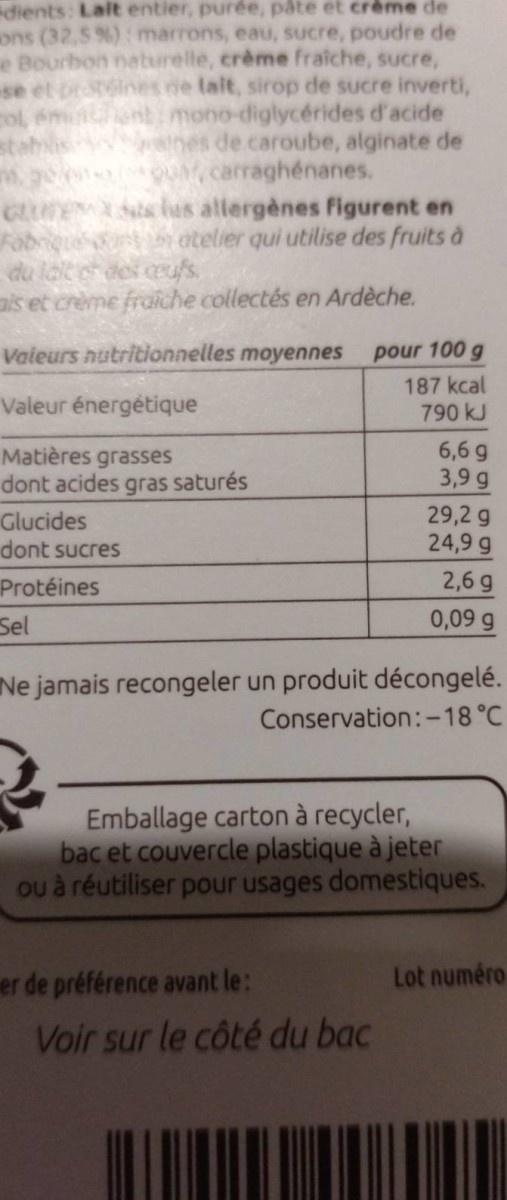
dients: Lait entier, purée, pâte et crème de ons (32,5 %): marrons, eau, sucre, poudre de e Bourbon naturelle, crème fraiche, sucre, se et de talt, sirop de sucre inverti, col, émin mono-diglycérides d'acide
de caroube, alginate de carraghénanes.
qua,
GLUTES lus allergènes figurent en atelier qui utilise des fruits à
du laiter des ceufs.
is et crème fraiche collectés en Ardèche.
Valeurs nutritionnelles moyennes
Valeur énergétique
Matières grasses dont acides gras saturés
Glucides
dont sucres
Protéines
Sel
pour 100 g
187 kcal
790 kJ
er de préférence avant le:
6,6 g
3,9 g
Ne jamais recongeler un produit décongelé.
Conservation:-18 °C
Voir sur le côté du bac
29,2 g
24,9 g
2,6 g
0,09 g
Emballage carton à recycler, bac et couvercle plastique à jeter ou à réutiliser pour usages domestiques.
Lot numéro